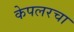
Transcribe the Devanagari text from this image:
केपलरचा